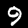
Label: 9